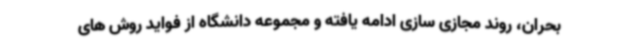
بحران، روند مجازی سازی ادامه یافته و مجموعه دانشگاه از فواید روش های